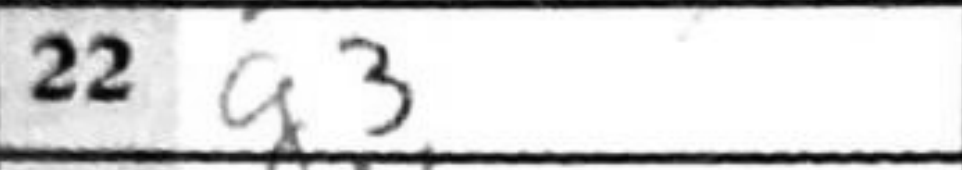
Transcription: g3